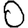
Digit: 0